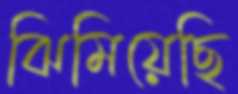
ঝিমিয়েছি